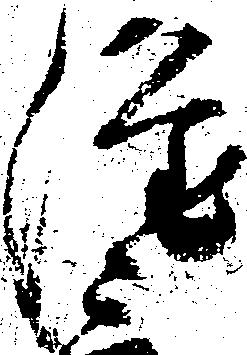
隆